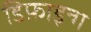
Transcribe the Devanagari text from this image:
डिफ़ाइन्ग